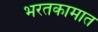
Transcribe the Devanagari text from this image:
भरतकामात